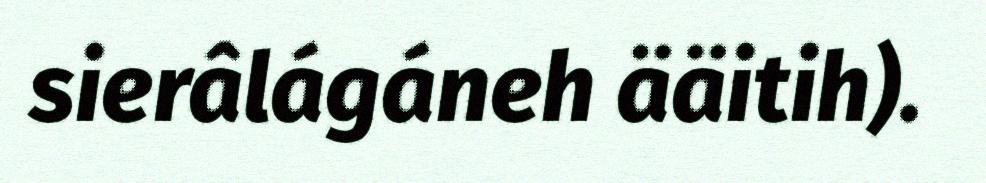
sierâlágáneh ääitih).